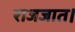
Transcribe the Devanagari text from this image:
राजजात।